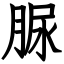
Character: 脲